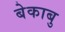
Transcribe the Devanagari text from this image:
बेकाबु